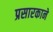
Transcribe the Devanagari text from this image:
प्रसारकाने